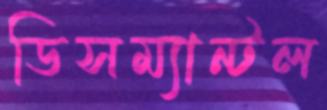
ডিসম্যান্টল